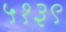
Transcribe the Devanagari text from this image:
५१३९